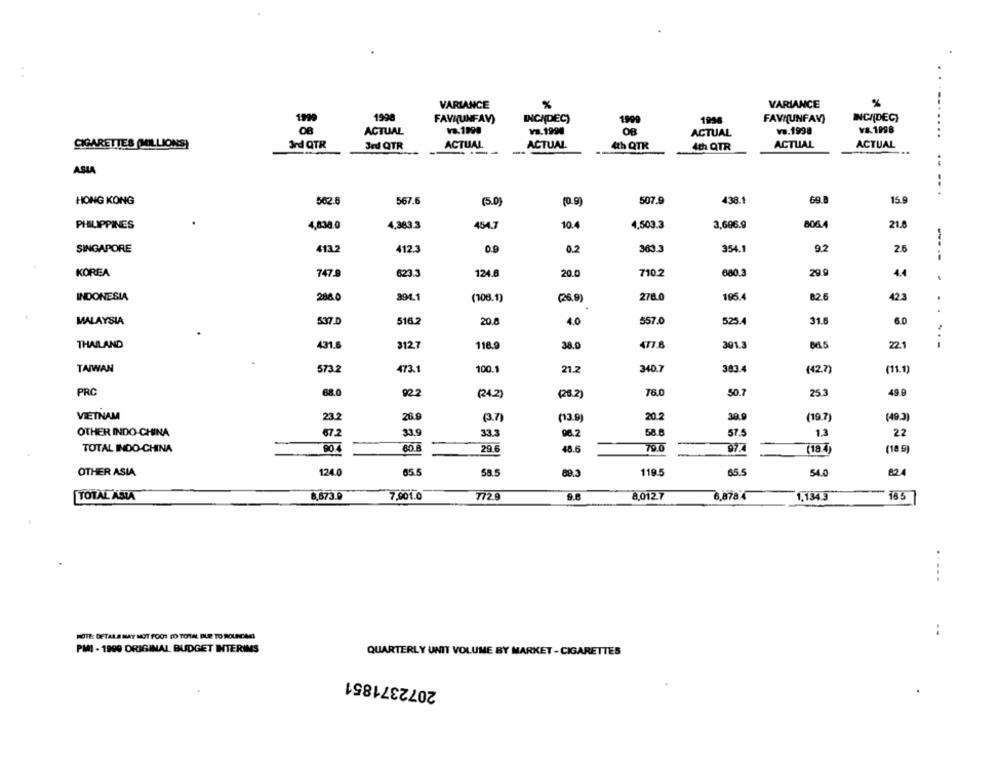
VARIANCE
%
VARIANCE
%
--
1999
1998
FAVAUNFAV)
INCIDEC)
1999
FAVI(UNFAV)
INCIDECI
ACTUAL
va.1990
OB
v.1998
Va.1998
ACTUAL
....
CIGARETTES (MILLIONS)
3rd QTR
Jed QTR
ACTUAL
ACTUAL
4th QTR
ACTLIAL
ACTUAL
--
4th QTR
ASIA
438.1
69.8
15.9
HONG KONG
562.8
567.6
(5.0)
(0.9)
507.9
PHILIPPINES
4,838.0
4.383.3
454.7
10.4
4,503.3
3,696.9
806.4
21.8
SINGAPORE
413.2
412.3
0.9
0.2
363.3
354.1
9.2
26
----
KOREA
747.9
623.3
124.8
20.0
710.2
680.3
29.9
4.
.
INDONESIA
286.0
(108.1)
(26.9)
278.0
195.4
82.6
42 3
..
MALAYSIA
537.0
516.2
20.8
4.0
557.0
525.4
31.6
60
THAILAND
431.6
3127
118.9
38.0
477.8
301.3
86.5
22.1
---
TAIWAN
573.2
473.1
100.
21.2
340.7
383.4
(42.7)
(11.1)
PRC
68.0
022
(24.2)
(26.2
76.0
50.7
25.3
49.9
VIETNAM
23.2
26.9
(3.7)
(13.9)
20.2
30.9
(19.7)
(49.3)
OTHER INDO-CHINA
67.2
33.9
33.3
96.2
58.6
57.5
1.3
22
TOTAL INDO-CHINA
29
48.6
79.0
97.
(18 9
OTHER ASIA
124.0
65.5
58.5
89.3
119.5
65.5
54.0
824
TOTAL ASIA
6,673.9
7,901.0
772.9
8.0127
6,878 4
18 5
1.134.3
..
NOTE: DETALS MAY NOT FOOT DO TOTAL DUE TO ROUNCAGI
PMI - 1999 ORIGINAL BUDGET INTERIMS
QUARTERLY UNIT VOLUME BY MARKET - CIGARETTES
2072371851